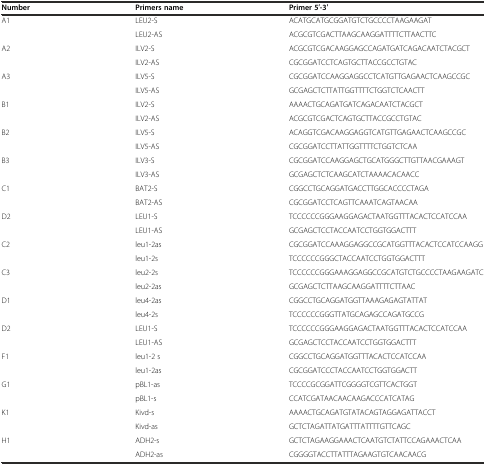
<table><thead><tr><td><b>Number</b></td><td><b>Primers name</b></td><td><b>Primer 5′-3′</b></td></tr></thead><tbody><tr><td>A1</td><td>LEU2-S</td><td>ACATGCATGCGGATGTCTGCCCCTAAGAAGAT</td></tr><tr><td></td><td>LEU2-AS</td><td>ACGCGTCGACTTAAGCAAGGATTTTCTTAACTTC</td></tr><tr><td>A2</td><td>ILV2-S</td><td>ACGCGTCGACAAGGAGCCAGATGATCAGACAATCTACGCT</td></tr><tr><td></td><td>ILV2-AS</td><td>CGCGGATCCTCAGTGCTTACCGCCTGTAC</td></tr><tr><td>A3</td><td>ILV5-S</td><td>CGCGGATCCAAGGAGGCCTCATGTTGAGAACTCAAGCCGC</td></tr><tr><td></td><td>ILV5-AS</td><td>GCGAGCTCTTATTGGTTTTCTGGTCTCAACTT</td></tr><tr><td>B1</td><td>ILV2-S</td><td>AAAACTGCAGATGATCAGACAATCTACGCT</td></tr><tr><td></td><td>ILV2-AS</td><td>ACGCGTCGACTCAGTGCTTACCGCCTGTAC</td></tr><tr><td>B2</td><td>ILV5-S</td><td>ACAGGTCGACAAGGAGGTCATGTTGAGAACTCAAGCCGC</td></tr><tr><td></td><td>ILV5-AS</td><td>CGCGGATCCTTATTGGTTTTCTGGTCTCAA</td></tr><tr><td>B3</td><td>ILV3-S</td><td>CGCGGATCCAAGGAGCTGCATGGGCTTGTTAACGAAAGT</td></tr><tr><td></td><td>ILV3-AS</td><td>GCGAGCTCTCAAGCATCTAAAACACAACC</td></tr><tr><td>C1</td><td>BAT2-S</td><td>CGGCCTGCAGGATGACCTTGGCACCCCTAGA</td></tr><tr><td></td><td>BAT2-AS</td><td>CGCGGATCCTCAGTTCAAATCAGTAACAA</td></tr><tr><td>D2</td><td>LEU1-S</td><td>TCCCCCCGGGAAGGAGACTAATGGTTTACACTCCATCCAA</td></tr><tr><td></td><td>LEU1-AS</td><td>GCGAGCTCCTACCAATCCTGGTGGACTTT</td></tr><tr><td>C2</td><td>leu1-2as</td><td>CGCGGATCCAAAGGAGGCCGCATGGTTTACACTCCATCCAAGG</td></tr><tr><td></td><td>leu1-2s</td><td>TCCCCCCGGGCTACCAATCCTGGTGGACTTT</td></tr><tr><td>C3</td><td>leu2-2s</td><td>TCCCCCCGGGAAAGGAGGCCGCATGTCTGCCCCTAAGAAGATC</td></tr><tr><td></td><td>leu2-2as</td><td>GCGAGCTCTTAAGCAAGGATTTTCTTAAC</td></tr><tr><td>D1</td><td>leu4-2as</td><td>CGGCCTGCAGGATGGTTAAAGAGAGTATTAT</td></tr><tr><td></td><td>leu4-2s</td><td>TCCCCCCGGGTTATGCAGAGCCAGATGCCG</td></tr><tr><td>D2</td><td>LEU1-S</td><td>TCCCCCCGGGAAGGAGACTAATGGTTTACACTCCATCCAA</td></tr><tr><td></td><td>LEU1-AS</td><td>GCGAGCTCCTACCAATCCTGGTGGACTTT</td></tr><tr><td>F1</td><td>leu1-2 s</td><td>CGGCCTGCAGGATGGTTTACACTCCATCCAA</td></tr><tr><td></td><td>leu1-2as</td><td>CGCGGATCCCTACCAATCCTGGTGGACTT</td></tr><tr><td>G1</td><td>pBL1-as</td><td>TCCCCGCGGATTCGGGGTCGTTCACTGGT</td></tr><tr><td></td><td>pBL1-s</td><td>CCATCGATAACAACAAGACCCATCATAG</td></tr><tr><td>K1</td><td>Kivd-s</td><td>AAAACTGCAGATGTATACAGTAGGAGATTACCT</td></tr><tr><td></td><td>Kivd-as</td><td>GCTCTAGATTATGATTTATTTTGTTCAGC</td></tr><tr><td>H1</td><td>ADH2-s</td><td>GCTCTAGAAGGAAACTCAATGTCTATTCCAGAAACTCAA</td></tr><tr><td></td><td>ADH2-as</td><td>CGGGGTACCTTATTTAGAAGTGTCAACAACG</td></tr></tbody></table>